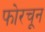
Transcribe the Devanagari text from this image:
फोरचून